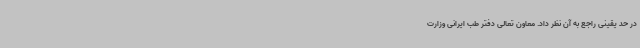
در حد یقینی راجع به آن نظر داد. معاون تعالی دفتر طب ایرانی وزارت